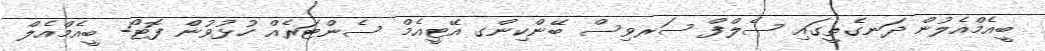
ބީއެމްއެލުން ދަނގެތީގައި ސެލްފް ސަރވިސް ބޭންކިންގ އޭޓީއެމް ސެންޓަރެއް ހުޅުވުން ފޮޓޯ- ބީއެމްއެލް